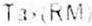
TAX(RM)